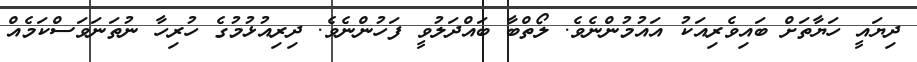
ދިޔައީ ހަޔާތަށް ބައިވެރިއަކު އައުމުންނެވެ. ލޯތްބާ ބައްދަލުވީ ފަހުންނެވެ. ދިރިއުޅުމުގެ ހުރިހާ ނުތަނަވަސްކަމެއް